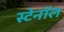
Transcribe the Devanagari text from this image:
स्टेनॉल